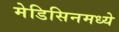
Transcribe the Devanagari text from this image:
मेडिसिनमध्ये